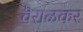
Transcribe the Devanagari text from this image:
वैराळकर